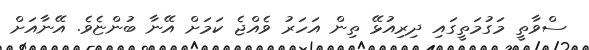
ސްވާތީ މަގުމަތީގައި ދިރިއުޅޭ ތިން އަހަރު ވެއްޖެ ކަމަށް އޭނާ ބުންޏެވެ. އޭނާއަށް